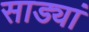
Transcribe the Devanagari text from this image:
साड्यां